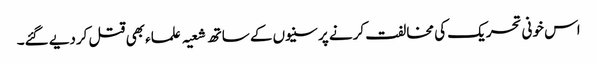
اس خونی تحریک کی مخالفت کرنے پر سنیوں کے ساتھ شعیہ علماء بھی قتل کردیے گئے۔